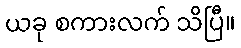
ယခု စကားလက် သိပြီ။